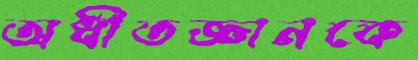
অধীতজ্ঞানকে